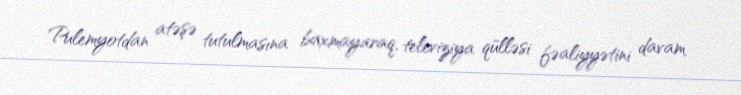
Pulemyotdan atəşə tutulmasına baxmayaraq, televiziya qülləsi fəaliyyətini davam